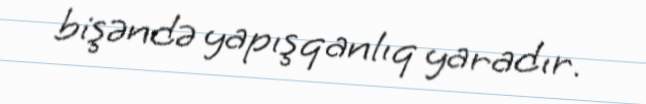
bişəndə yapışqanlıq yaradır.